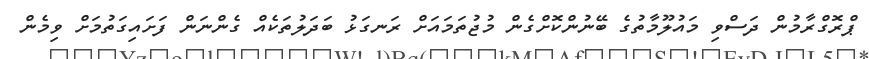
ޕްރޮގްރާމުން ދަސްވި މައުލޫމާތުގެ ބޭނުންކޮށްގެން މުޖުތަމައަށް ރަނގަޅު ބަދަލުތަކެއް ގެންނަން ފަށައިގަތުމަށް ވިމެން